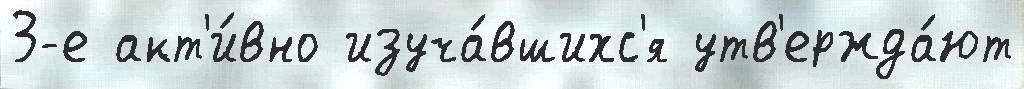
3-е акт'и́вно изуча́вшихс'я утв'ержда́ют